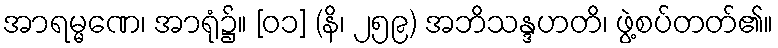
အာရမ္မဏေ၊ အာရုံ၌။ [၀၁] (နိ၊ ၂၅၉) အဘိသန္ဒဟတိ၊ ဖွဲ့စပ်တတ်၏။